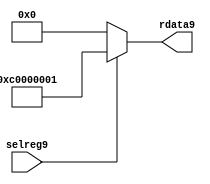
//File9 name   : smc_cfreg_lite9.v
//Title9       : 
//Created9     : 1999
//Description9 : Single9 instance of a config register
//Notes9       : 
//----------------------------------------------------------------------
//   Copyright9 1999-2010 Cadence9 Design9 Systems9, Inc9.
//   All Rights9 Reserved9 Worldwide9
//
//   Licensed9 under the Apache9 License9, Version9 2.0 (the
//   "License9"); you may not use this file except9 in
//   compliance9 with the License9.  You may obtain9 a copy of
//   the License9 at
//
//       http9://www9.apache9.org9/licenses9/LICENSE9-2.0
//
//   Unless9 required9 by applicable9 law9 or agreed9 to in
//   writing, software9 distributed9 under the License9 is
//   distributed9 on an "AS9 IS9" BASIS9, WITHOUT9 WARRANTIES9 OR9
//   CONDITIONS9 OF9 ANY9 KIND9, either9 express9 or implied9.  See
//   the License9 for the specific9 language9 governing9
//   permissions9 and limitations9 under the License9.
//----------------------------------------------------------------------



module smc_cfreg_lite9 (
  // inputs9
  selreg9,

  // outputs9
  rdata9
);


// Inputs9
input         selreg9;               // select9 the register for read/write access

// Outputs9
output [31:0] rdata9;                 // Read data

wire   [31:0] smc_config9;
wire   [31:0] rdata9;


assign rdata9 = ( selreg9 ) ? smc_config9 : 32'b0;
assign smc_config9 =  {1'b1,1'b1,8'h00, 2'b00, 2'b00, 2'b00, 2'b00,2'b00,2'b00,2'b00,8'h01};




endmodule // smc_cfreg9